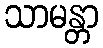
သာမန္တာ